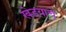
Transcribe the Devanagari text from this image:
खेडयाचे